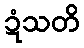
ဍံသတိ